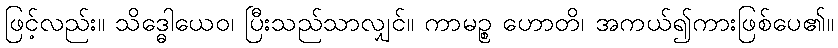
ဖြင့်လည်း။ သိဒ္ဓေါယေဝ၊ ပြီးသည်သာလျှင်။ ကာမဉ္စ ဟောတိ၊ အကယ်၍ကားဖြစ်ပေ၏။